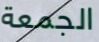
الجمعة